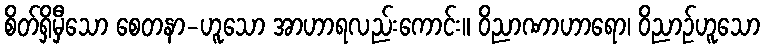
စိတ်ရှိမှီသော စေတနာ-ဟူသော အာဟာရလည်းကောင်း။ ဝိညာဏာဟာရော၊ ဝိညာဉ်ဟူသော